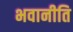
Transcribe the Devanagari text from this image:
भवानीति